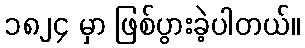
၁၈၂၄ မှာ ဖြစ်ပွားခဲ့ပါတယ်။